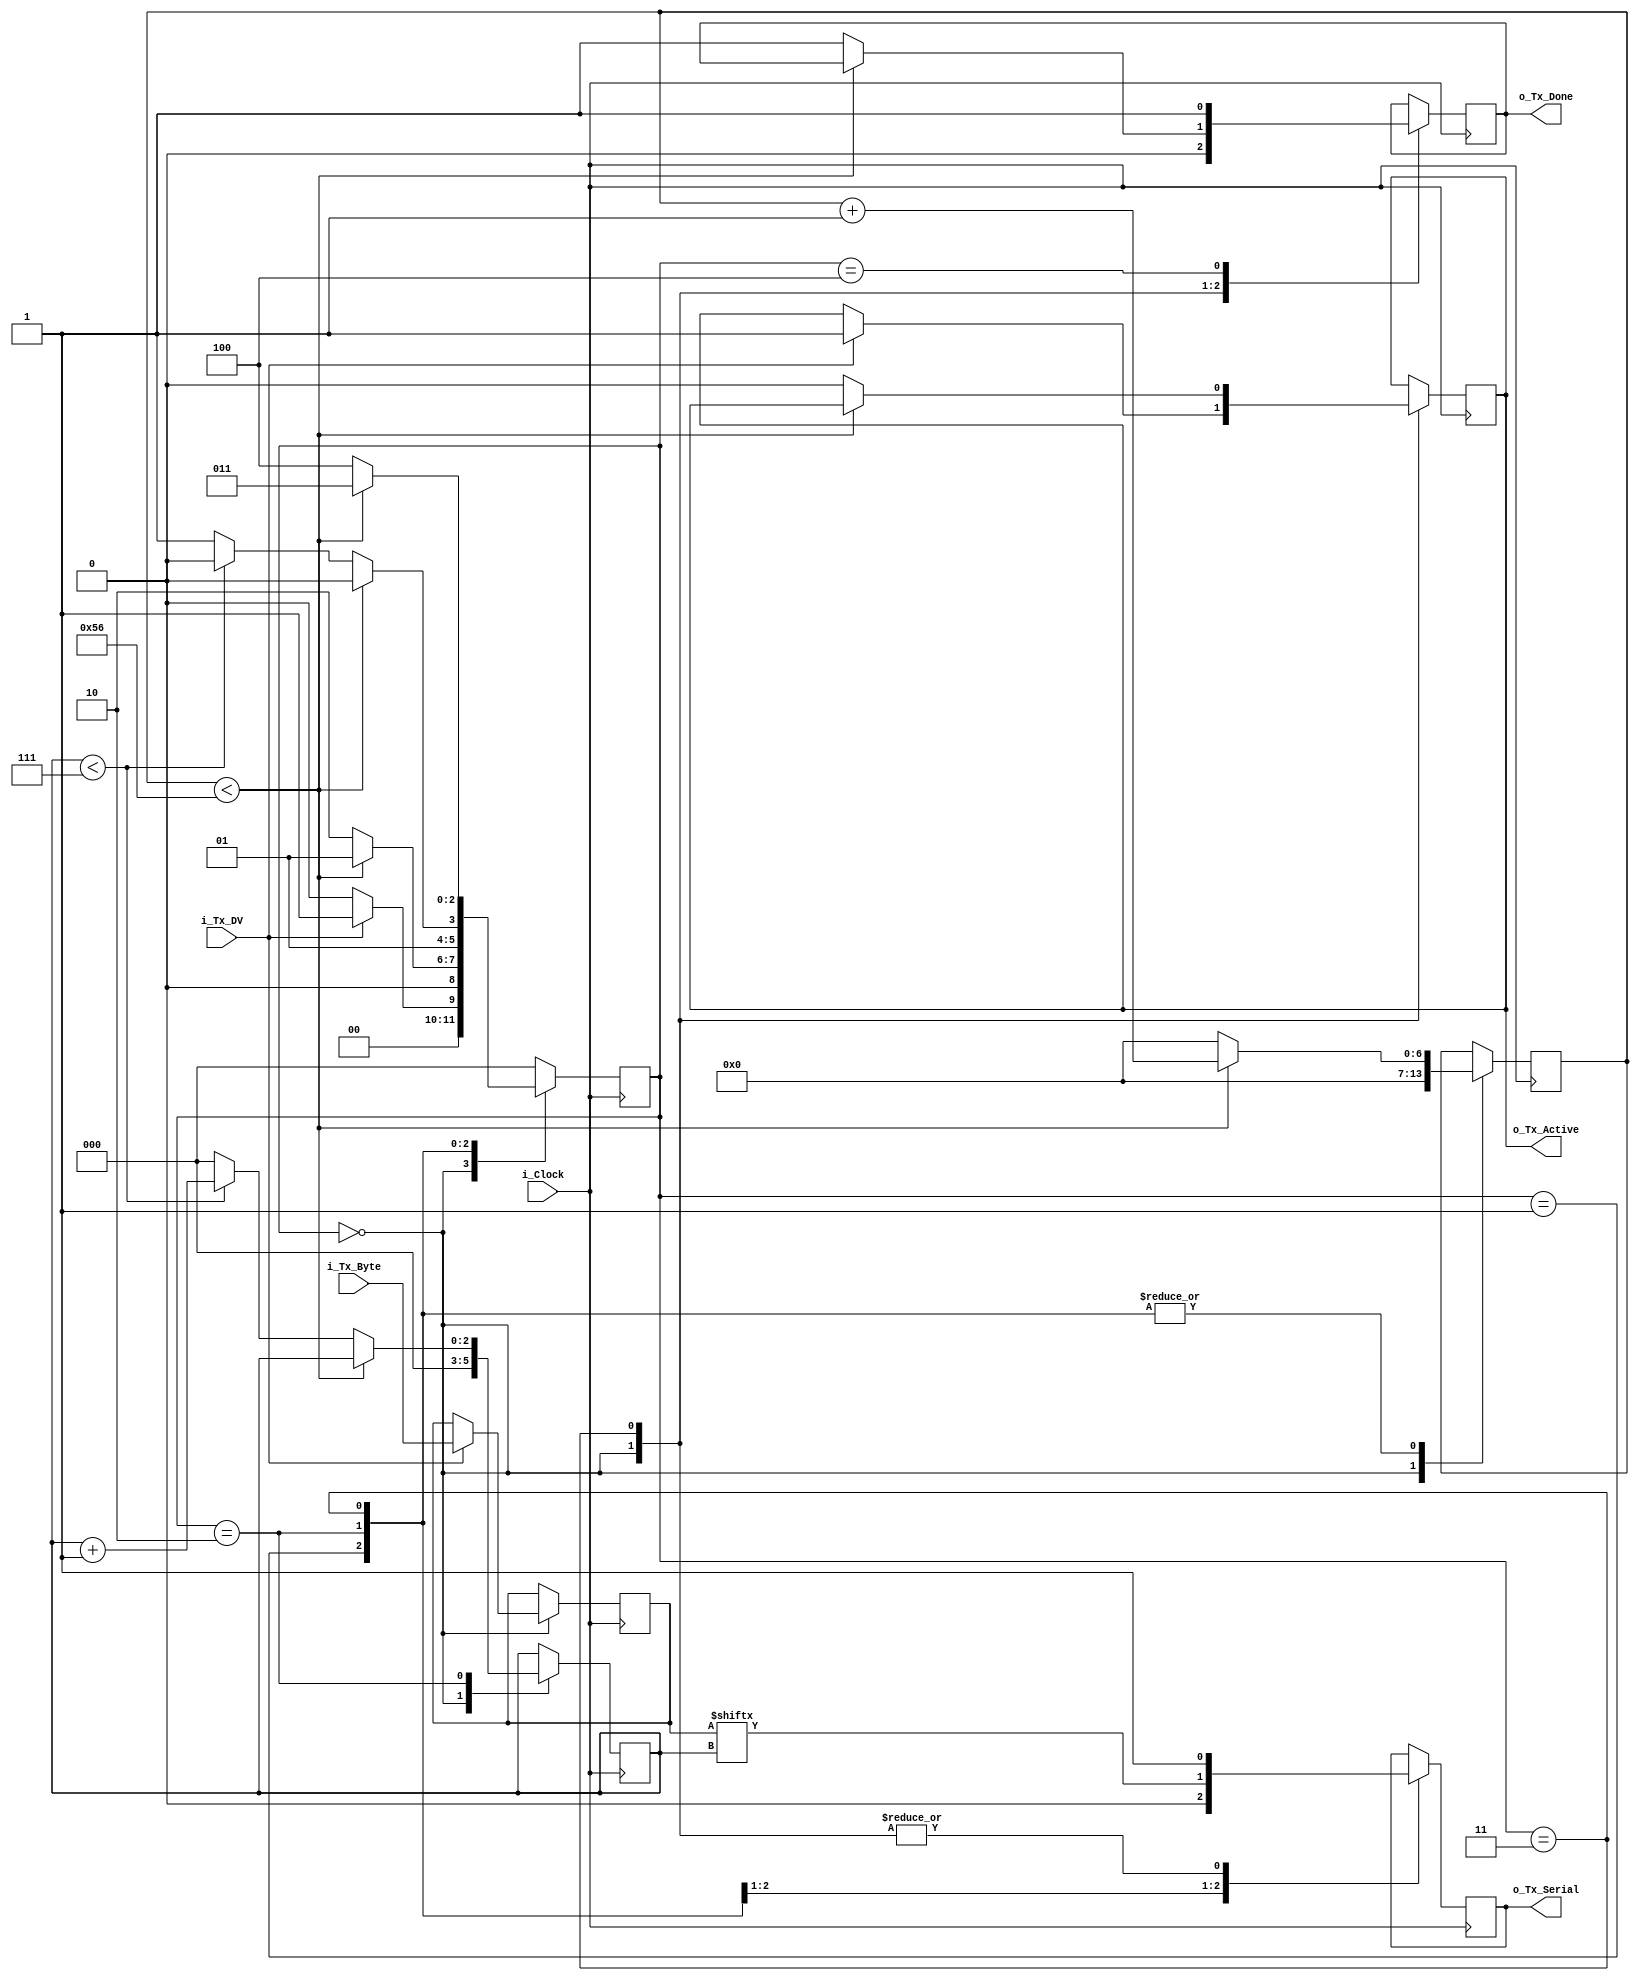
`timescale 1ns / 1ps
module Uart_Tx  #(parameter CLKS_PER_BIT = 87)
  (
   input       i_Clock,
   input       i_Tx_DV,
   input [7:0] i_Tx_Byte, 
   output      o_Tx_Active,
   output reg  o_Tx_Serial,
   output      o_Tx_Done
   );
  localparam s_IDLE         = 3'b000;
  localparam s_TX_START_BIT = 3'b001;
  localparam s_TX_DATA_BITS = 3'b010;
  localparam s_TX_STOP_BIT  = 3'b011;
  localparam s_CLEANUP      = 3'b100;
  reg [2:0]    r_SM_Main     = 0;
  reg [6:0]    r_Clock_Count = 0;
  reg [2:0]    r_Bit_Index   = 0;
  reg [7:0]    r_Tx_Data     = 0;
  reg          r_Tx_Done     = 0;
  reg          r_Tx_Active   = 0; 
  always @(posedge i_Clock)
    begin
      case (r_SM_Main)
        s_IDLE :
          begin
            o_Tx_Serial   <= 1'b1;
            r_Tx_Done     <= 1'b0;
            r_Clock_Count <= 0;
            r_Bit_Index   <= 0;
            if (i_Tx_DV == 1'b1)
              begin
                r_Tx_Active <= 1'b1;
                r_Tx_Data   <= i_Tx_Byte;
                r_SM_Main   <= s_TX_START_BIT;
              end
            else
              r_SM_Main <= s_IDLE;
          end
          
        s_TX_START_BIT :
          begin
            o_Tx_Serial <= 1'b0;
            if (r_Clock_Count < CLKS_PER_BIT-1)
              begin
                r_Clock_Count <= {r_Clock_Count + 7'h1};
                r_SM_Main     <= s_TX_START_BIT;
              end
            else
              begin
                r_Clock_Count <= 0;
                r_SM_Main     <= s_TX_DATA_BITS;
              end
          end     
            
        s_TX_DATA_BITS :
          begin
            o_Tx_Serial <= r_Tx_Data[r_Bit_Index];
             
            if (r_Clock_Count < CLKS_PER_BIT-1)
              begin
                r_Clock_Count <= {r_Clock_Count + 7'h1};
                r_SM_Main     <= s_TX_DATA_BITS;
              end
            else
              begin
                r_Clock_Count <= 0;
                if (r_Bit_Index < 7)
                  begin
                    r_Bit_Index <= {r_Bit_Index + 3'h1};
                    r_SM_Main   <= s_TX_DATA_BITS;
                  end
                else
                  begin
                    r_Bit_Index <= 0;
                    r_SM_Main   <= s_TX_STOP_BIT;
                  end
              end
          end
          
        s_TX_STOP_BIT :
          begin
            o_Tx_Serial <= 1'b1;
            if (r_Clock_Count < CLKS_PER_BIT-1)
              begin
                r_Clock_Count <= {r_Clock_Count + 7'h1};
                r_SM_Main     <= s_TX_STOP_BIT;
              end
            else
              begin
                r_Tx_Done     <= 1'b1;
                r_Clock_Count <= 0;
                r_SM_Main     <= s_CLEANUP;
                r_Tx_Active   <= 1'b0;
              end
          end
          
        s_CLEANUP :
          begin
            r_Tx_Done <= 1'b1;
            r_SM_Main <= s_IDLE;
          end
        default :
          r_SM_Main <= s_IDLE;
      endcase
    end
  assign o_Tx_Active = r_Tx_Active;
  assign o_Tx_Done   = r_Tx_Done;
endmodule